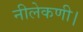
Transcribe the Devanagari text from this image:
नीलेकणी।